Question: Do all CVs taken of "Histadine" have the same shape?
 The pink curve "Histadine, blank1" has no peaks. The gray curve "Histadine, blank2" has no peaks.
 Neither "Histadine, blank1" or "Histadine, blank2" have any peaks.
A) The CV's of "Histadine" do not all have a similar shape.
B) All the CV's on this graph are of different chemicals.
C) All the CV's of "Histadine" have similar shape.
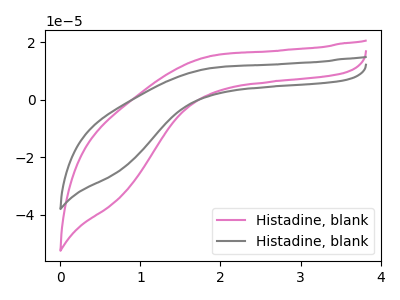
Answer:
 <answer>C) All the CV's of "Histadine" have similar shape.</answer>
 <eval>C</eval>